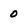
Character: 0